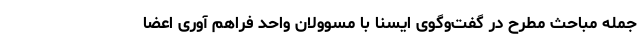
جمله مباحث مطرح در گفت‌وگوی ایسنا با مسوولان واحد فراهم آوری اعضا